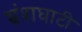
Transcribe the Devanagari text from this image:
भ्रंशघाटी